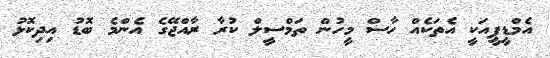
އެމްޑީޕީއަކީ އެތަކެއް ހާސް މީހުން ތަމްސީލް ކުރާ ރާއްޖޭގެ އެންމެ ބޮޑު އިދިކޮޅު